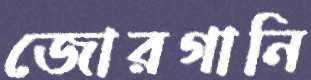
জোরগানি